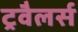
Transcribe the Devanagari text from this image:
ट्रवैलर्स